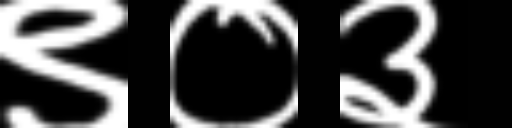
Text: ९०३